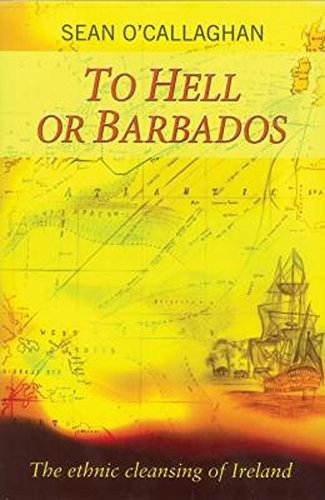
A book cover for To Hell or Barbados: The Ethnic Cleansing of Ireland; Sean O'Callaghan; Politics & Social Sciences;